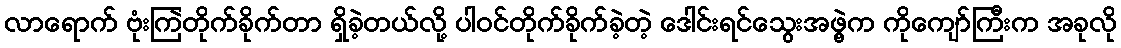
လာရောက် ဗုံးကြဲတိုက်ခိုက်တာ ရှိခဲ့တယ်လို့ ပါဝင်တိုက်ခိုက်ခဲ့တဲ့ ဒေါင်းရင်သွေးအဖွဲ့က ကိုကျော်ကြီးက အခုလို